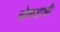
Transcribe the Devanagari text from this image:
बोकडाची